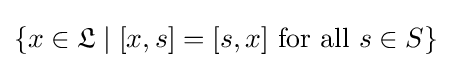
\{x\in {\mathfrak {L}}\mid [x,s]=[s,x]{\text{ for all }}s\in S\}